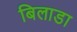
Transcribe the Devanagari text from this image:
बिलाडा